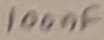
Text: 100nF